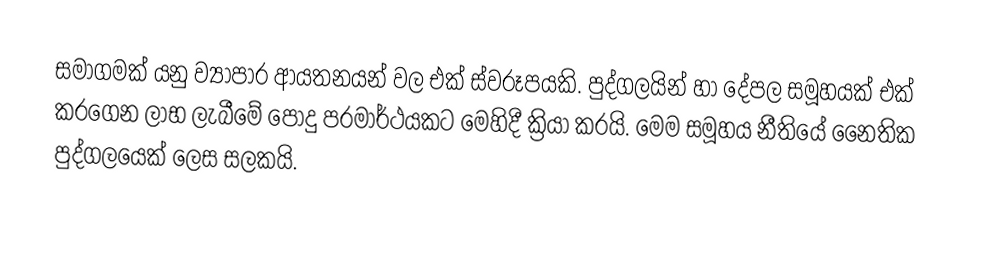
සමාගමක් යනු ව්‍යාපාර ආයතනයන් වල එක් ස්වරූපයකි. පුද්ගලයින් හා දේපල සමූහයක් එක් කරගෙන ලාභ ලැබීමේ පොදු පරමාර්ථයකට මෙහිදී ක්‍රියා කරයි. මෙම සමූහය නීතියේ නෛතික පුද්ගලයෙක් ලෙස සලකයි.